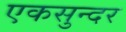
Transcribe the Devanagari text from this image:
एकसुन्दर